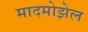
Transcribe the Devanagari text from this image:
मादमोझेल